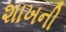
શાખની